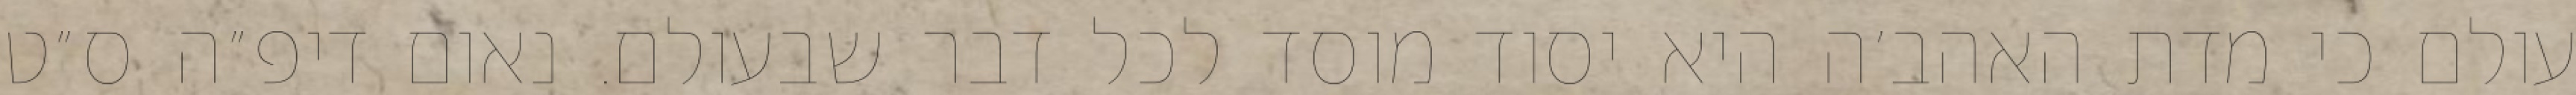
עולם כי מדת האהב׳ה היא יסוד מוסד לכל דבר שבעולם. נאום דיפ״ה ס״ט